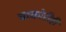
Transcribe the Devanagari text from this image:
चाकोरीही